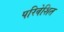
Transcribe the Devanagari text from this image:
परिवेशित